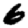
Digit: 6